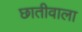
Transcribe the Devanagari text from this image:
छातीवाला